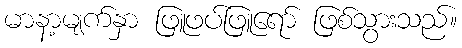
မာနာ့မျက်နှာ ဖြူဖပ်ဖြူရော် ဖြစ်သွားသည်။